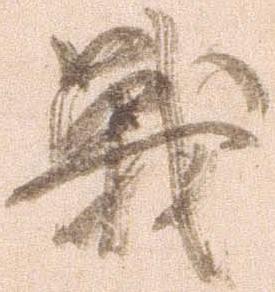
戦